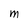
Character: M